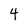
Character: 4